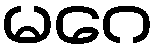
မဂေ